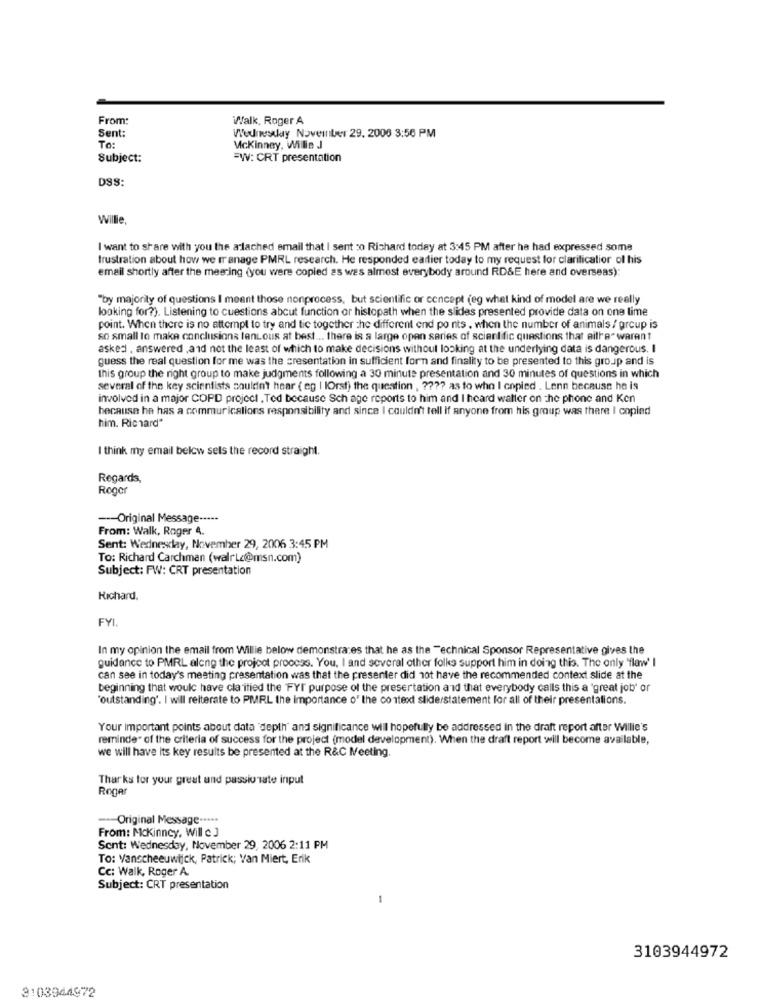
From:
Walk, Roger A
Sent:
Wednesday November 29, 2006 3:56 PM
To:
Mckinney, Wilie J
Subject:
=W: CRT presentation
DSS:
Willle
I want to share with you the a lached email that I sent :o Richard today at 3:45 PM after he had expressed some
frustration about how we manage PMRL research. He responded earlier today to my request for clarification ol his
email shortly after the meering (you were copied as was almost everybody around RD&E here and overseas):
"by majority of questions I meant those nonprocess, but scientific or concept (eg what kind of model are we really
looking for?). Listening to cuestions about function or histopath when the slides presented provide data on one lime
point. When there is no attempt to try and tie together the different end points , when the number of animals / group is
so small to make conclusions fentous at best ... there is a large open series of scientific questions that aitre" warant
asked , answered ,and not the least of which to make decisions without looking at the underlying data is dangerous. I
guess the real question for me was the cresentation in sufficient forn and finality to be presented to this group and is
this group the right group to make judgments following a 30 minute presentation and 30 minutes of questions in which
several of the key scientists couldn't hear ( eg | IOrst) the question , ???? as to who I copied . Lenn because he is
involved in a major COPD project , Ted because Sch age reports to him and I heard walter on the phone and Ken
because he has a commuricalions responsibility and since I couldn't tell if anyone from his group was there I copied
him. Richard"
I think my email below sels the record straight.
Regards,
Roger
--- Original Message -----
From: Walk, Roger 4.
Sent: Wednesday, November 29, 2006 3:45 PM
To: Richard Carchman (walrLa@msn.com)
Subject: FW: CRT presentation
Richard.
FYI.
In my opinion the email from Willie below demonstrates that he as the Technical Sponsor Representative gives the
guidance to PMRL along the project process. You, I and several other folks support him in doing this. The only "flaw' I
can see in today's meeting presentation was that the presenter did not have the recommended context slide at the
beginning that would have cla itied the FYI purpose of the presertation and that everybody calls this a 'great job' or
"outstanding'. I will reiterate to PMRL the Importance o' the context sliderstatement for all of their presentations.
Your important points about data 'depth' and significance will hopefully be addressed in the draft report after Willie's
reminder of the criteria of success for the project (model development). When the draft report will become available,
we will have its key results be presented at the R&C Meeting.
Thanks for your great und passionate input
Roger
--- Original Message ·····
From: Mckinney, Will c J
Sent: Wednesday, November 29, 2006 2:11 PM
To: Vanscheeuwijck, Patrick; Van Miert, Erik
Cc: Walk, Roger A.
Subject: CRT presentation
3103944972
3103944972